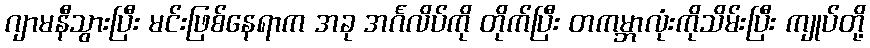
ဂျာမနီသွားပြီး မင်းဖြစ်နေရာက အခု အင်္ဂလိပ်ကို တိုက်ပြီး တကမ္ဘာလုံးကိုသိမ်းပြီး ကျုပ်တို့